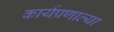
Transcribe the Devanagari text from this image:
कार्यप्रणाल्या